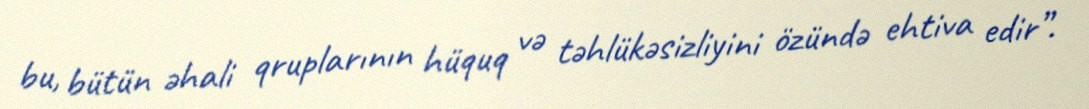
bu, bütün əhali qruplarının hüquq və təhlükəsizliyini özündə ehtiva edir”.